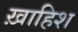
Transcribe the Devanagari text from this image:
ख़ाहिश